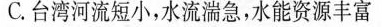
C.台湾河流短小，水流湍急，水能资源丰富